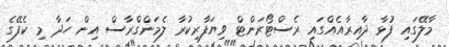
މާލޭގައި ފުޅާ ދާއިރާއެއްގައި ރެސްޓޯރަންޓް ވިޔަފާރިކުރާ ލެމަންގްރާސް އިން ހަދާ މި ކެފޭގެ